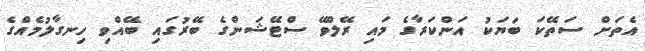
އެތަށް ސަތޭކަ ބަޔަކު އަންކަރާގެ މައި ރޭލްވޭ ސްޓޭޝަންގެ ބޭރުގައި ބޭއްވި ހިނގާލުމެއްގެ